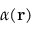
\alpha ( \bf r )